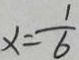
x = \frac { 1 } { 6 }